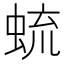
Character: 䖻